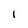
Character: i